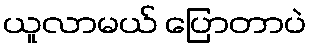
ယူလာမယ် ပြောတာပဲ